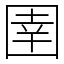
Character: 圉